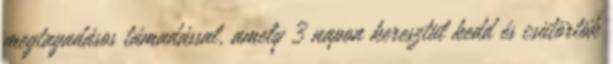
megtagadásos támadással, amely 3 napon keresztül kedd és csütörtök